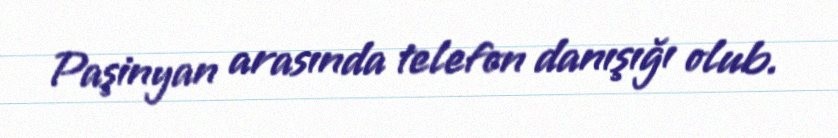
Paşinyan arasında telefon danışığı olub.